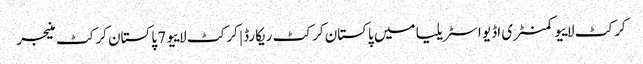
کرکٹ لاییو کمنٹری اڈیو اسٹریلیا میں پاکستان کرکٹ ریکارڈ | کرکٹ لاییو 7 پاکستان کرکٹ منیجر